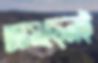
আসছেনই